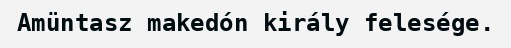
Amüntasz makedón király felesége.